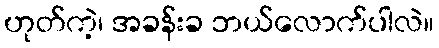
ဟုတ်ကဲ့၊ အခန်းခ ဘယ်လောက်ပါလဲ။